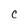
Character: C